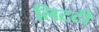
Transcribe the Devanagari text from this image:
लिटटी